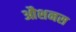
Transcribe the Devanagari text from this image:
औशनस